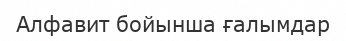
Алфавит бойынша ғалымдар